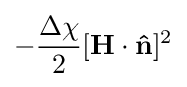
-{\frac {\Delta \chi }{2}}[\mathbf {H} \cdot \mathbf {\hat {n}} ]^{2}